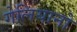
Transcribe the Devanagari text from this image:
गेलियानो